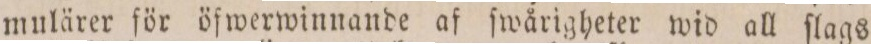
mulärer för öfwerwinnande af ſwårigheter wid all ſlags